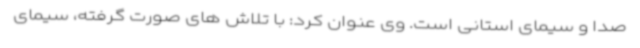
صدا و سیمای استانی است. وی عنوان کرد: با تلاش های صورت گرفته، سیمای